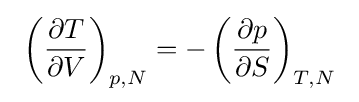
~\left({\partial T \over \partial V}\right)_{p,N}=-\left({\partial p \over \partial S}\right)_{T,N}~